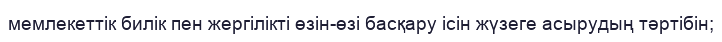
мемлекеттік билік пен жергілікті өзін-өзі басқару ісін жүзеге асырудың тәртібін;